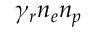
\gamma _ { r } n _ { e } n _ { p }